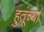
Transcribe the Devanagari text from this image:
हुतूंच्‍या